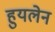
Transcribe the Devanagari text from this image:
हुयलेन